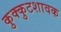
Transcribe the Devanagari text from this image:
कुक्कुटशावक